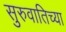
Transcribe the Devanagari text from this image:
सुरुवातिच्या